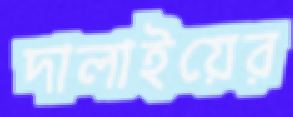
দালাইয়ের